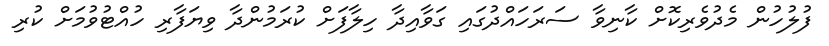
ފުލުހުން މެދުވެރިކޮށް ކާނިވާ ސަރަހައްދުގައި ގަވާއިދާ ހިލާފަށް ކުރަމުންދާ ވިޔަފާރި ހުއްޓުވުމަށް ކުރި